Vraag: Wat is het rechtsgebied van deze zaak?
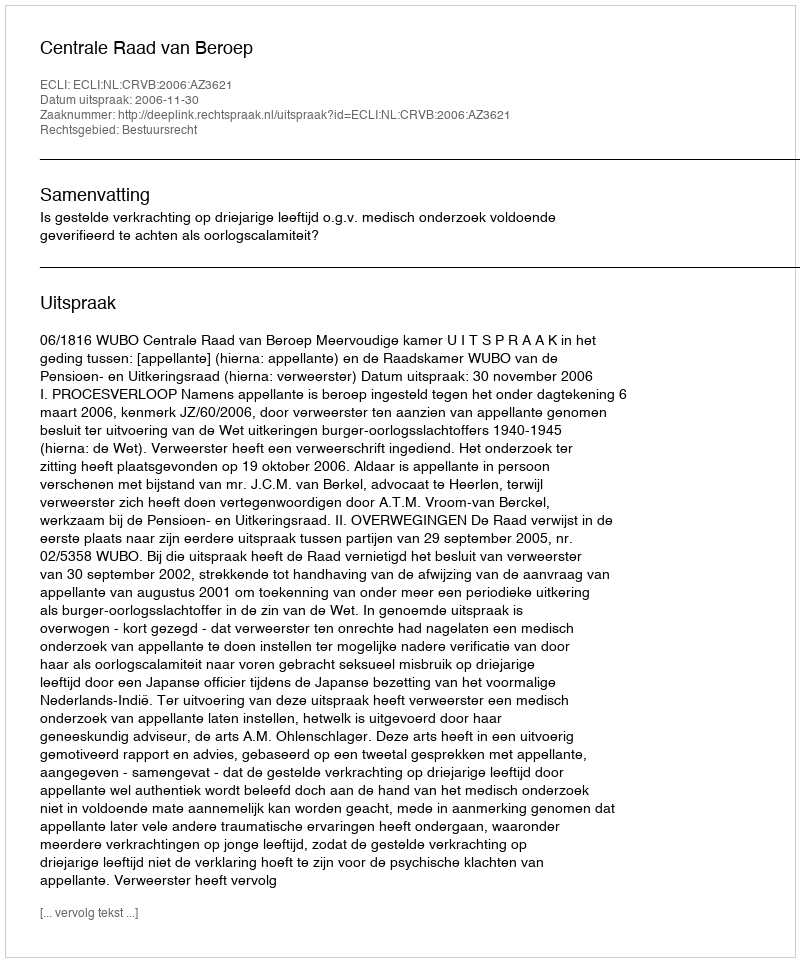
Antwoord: Bestuursrecht